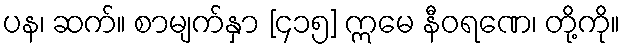
ပန၊ ဆက်။ စာမျက်နှာ [၄၁၅] ဣမေ နီဝရဏေ၊ တို့ကို။